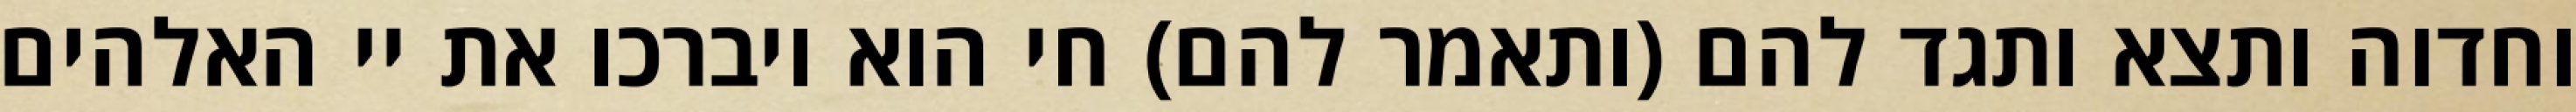
וחדוה ותצא ותגד להם (ותאמר להם) חי הוא ויברכו את יי האלהים